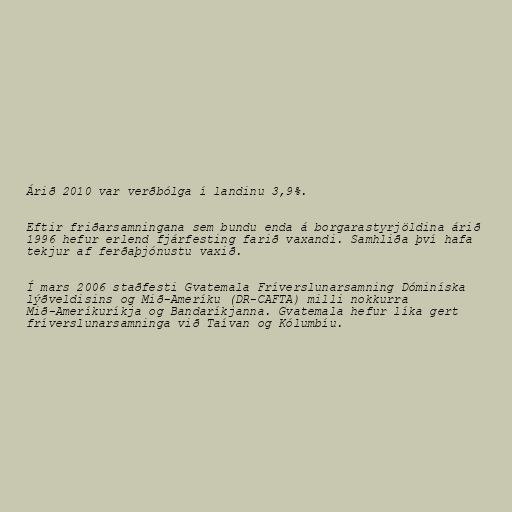
Árið 2010 var verðbólga í landinu 3,9%.

Eftir friðarsamningana sem bundu enda á borgarastyrjöldina árið
1996 hefur erlend fjárfesting farið vaxandi. Samhliða því hafa
tekjur af ferðaþjónustu vaxið.

Í mars 2006 staðfesti Gvatemala Fríverslunarsamning Dóminíska
lýðveldisins og Mið-Ameríku (DR-CAFTA) milli nokkurra
Mið-Ameríkuríkja og Bandaríkjanna. Gvatemala hefur líka gert
fríverslunarsamninga við Taívan og Kólumbíu.